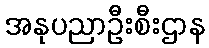
အနုပညာဦးစီးဌာန